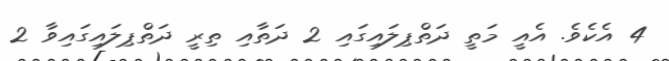
4 އެކެވެ. އެއީ މަތީ ދަތްޕިލައިގައި 2 ދަތާއި ތިރީ ދަތްޕިލައިގައިވާ 2